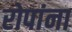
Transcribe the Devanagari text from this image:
रोपांना